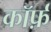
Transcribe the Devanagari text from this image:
कॉर्फ़